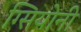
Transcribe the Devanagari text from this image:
ग्सियोनी